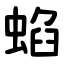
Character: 蜭